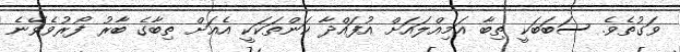
ވަގުތެވެ. ސަބަބަކީ ތިބާ އަމިއްލައަށް އުފައްދާ ކަންތަކަކީ އެއަށް ތިބާގެ ބާރު ފޯރުވެވޭނެ